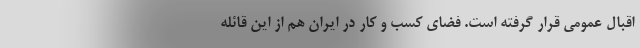
اقبال عمومی قرار گرفته است. فضای کسب و کار در ایران هم از این قائله